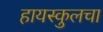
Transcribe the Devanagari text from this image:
हायस्कुलचा